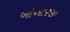
ઓઆરજી